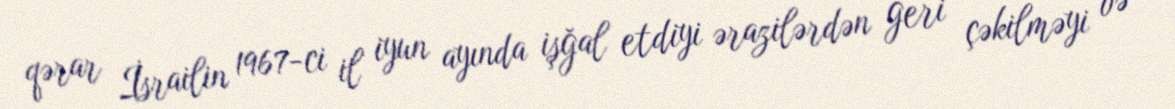
qərar İsrailin 1967-ci il iyun ayında işğal etdiyi ərazilərdən geri çəkilməyi və